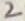
Text: 2